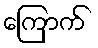
ကြောက်